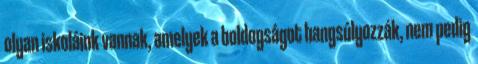
olyan iskoláink vannak, amelyek a boldogságot hangsúlyozzák, nem pedig